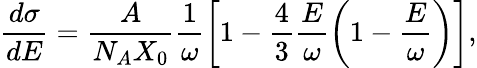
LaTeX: \frac{d\sigma}{dE}=\frac{A}{N_{A}X_{0}}\frac{1}{\omega}\left[1-\frac{4}{3}\frac{E}{\omega}\left(1-\frac{E}{\omega}\right)\right],